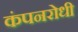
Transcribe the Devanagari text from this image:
कंपनरोधी